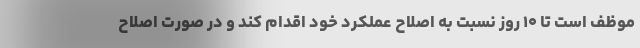
موظف است تا ۱۰ روز نسبت به اصلاح عملکرد خود اقدام کند و در صورت اصلاح